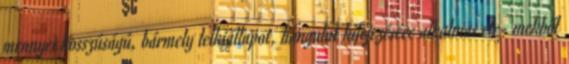
mennyei hosszúságú, bármely lelkiállapot, hangulat kifejezésére alkalmas ele- mekből